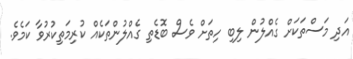
އަދި މަސްތަކަށް ގެއްލުން ލިބި ހިތަށް ވެސް ބޮޑެތި ގެއްލުންތަކެއް ކުރިމަތިކުރުވާ ކަމެވެ.